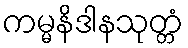
ကမ္မနိဒါနသုတ္တံ